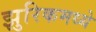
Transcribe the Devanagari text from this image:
झुरिकमध्ये